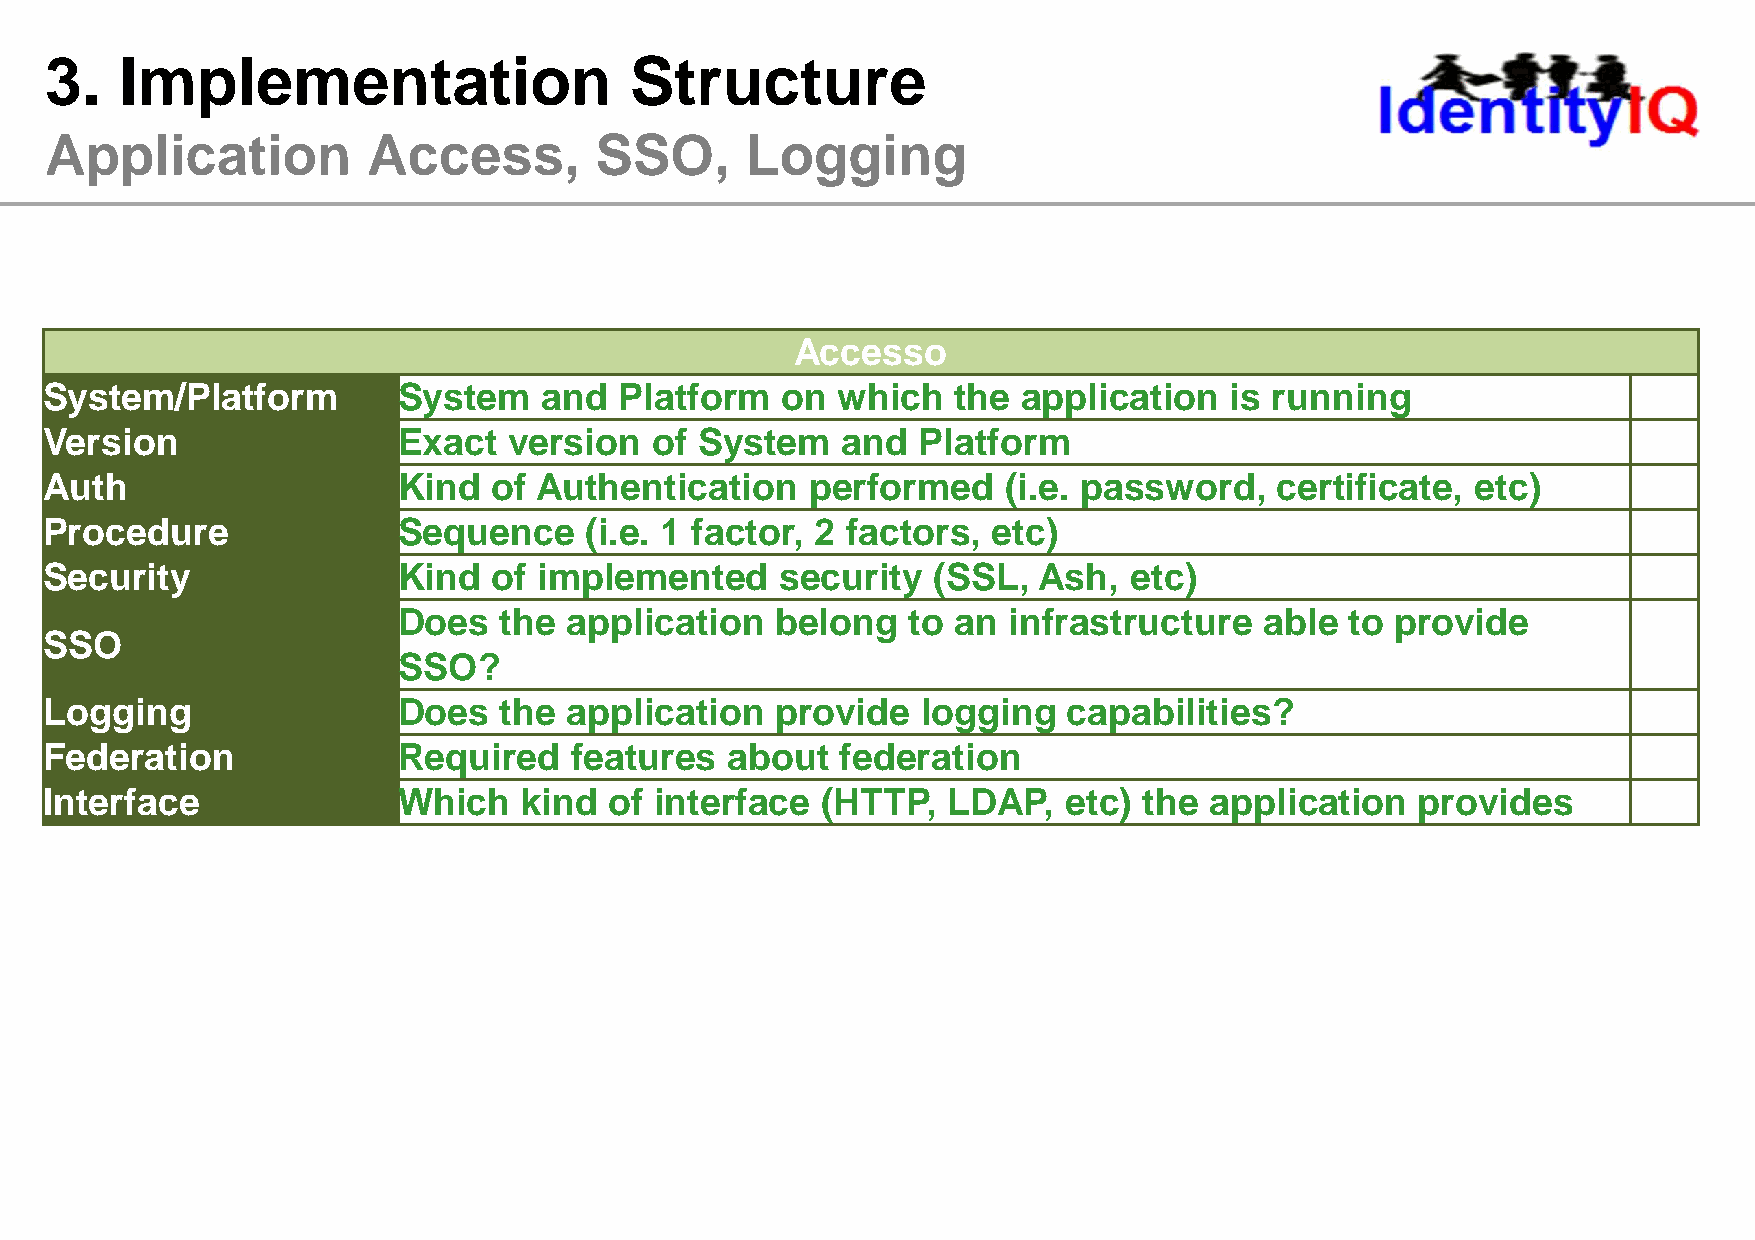
3.   Implementation                    Structure
 Application          Access,        SSO,      Logging
 Accesso
 System/Platform        System    and  Platform   on which   the  application  is running
 Version                Exact   version  of System    and  Platform
 Auth                   Kind   of Authentication    performed    (i.e. password,  certificate,  etc)
 Procedure              Sequence     (i.e. 1 factor, 2 factors, etc)
 Security               Kind   of implemented     security  (SSL,  Ash,  etc)
 Does   the  application  belong   to an  infrastructure   able to provide
 SSO
 SSO?
 Logging                Does   the  application  provide   logging   capabilities?
 Federation             Required    features  about   federation
 Interface              Which    kind of interface  (HTTP,   LDAP,   etc) the application   provides